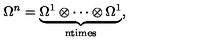
\Omega ^ { n } = \underbrace { \Omega ^ { 1 } \otimes \cdots \otimes \Omega ^ { 1 } } _ { \mathrm { n t i m e s } } ,